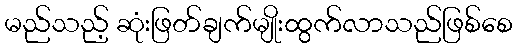
မည်သည့် ဆုံးဖြတ်ချက်မျိုးထွက်လာသည်ဖြစ်စေ